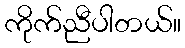
ကိုက်ညီပါတယ်။